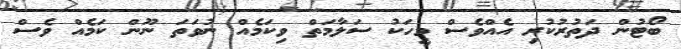
ބޯޓުން ދަތުރުކުރި އެއްވެސް މީހަކު ސަލާމަތް ވިކަމެއް ނުވަތަ ނޫން ކަމެއް ވެސް